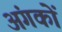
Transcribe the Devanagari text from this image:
अंगकों